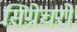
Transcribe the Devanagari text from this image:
सिग्नेचरों